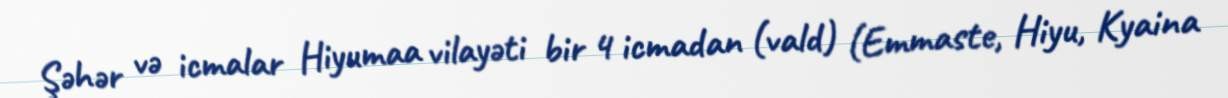
Şəhər və icmalar Hiyumaa vilayəti bir 4 icmadan (vald) (Emmaste, Hiyu, Kyaina